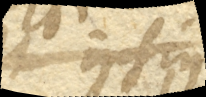
et ipsius